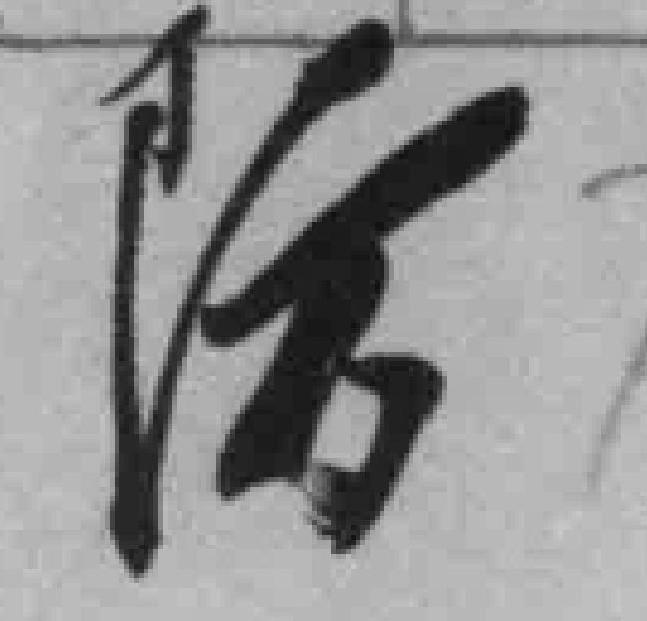
防